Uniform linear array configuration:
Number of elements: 12
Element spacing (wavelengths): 0.25
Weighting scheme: cosine
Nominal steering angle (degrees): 0
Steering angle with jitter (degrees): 1.319
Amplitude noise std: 0.05
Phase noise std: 0.05

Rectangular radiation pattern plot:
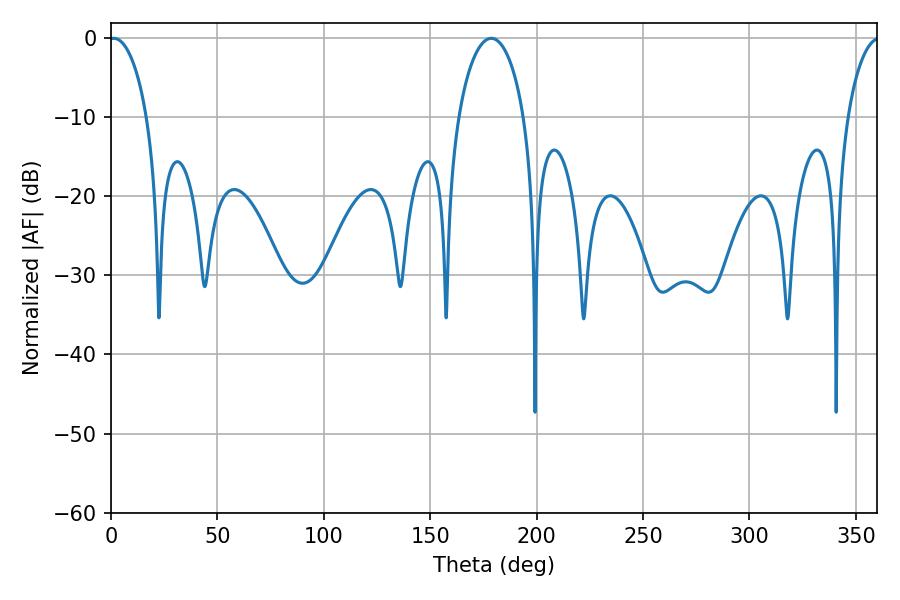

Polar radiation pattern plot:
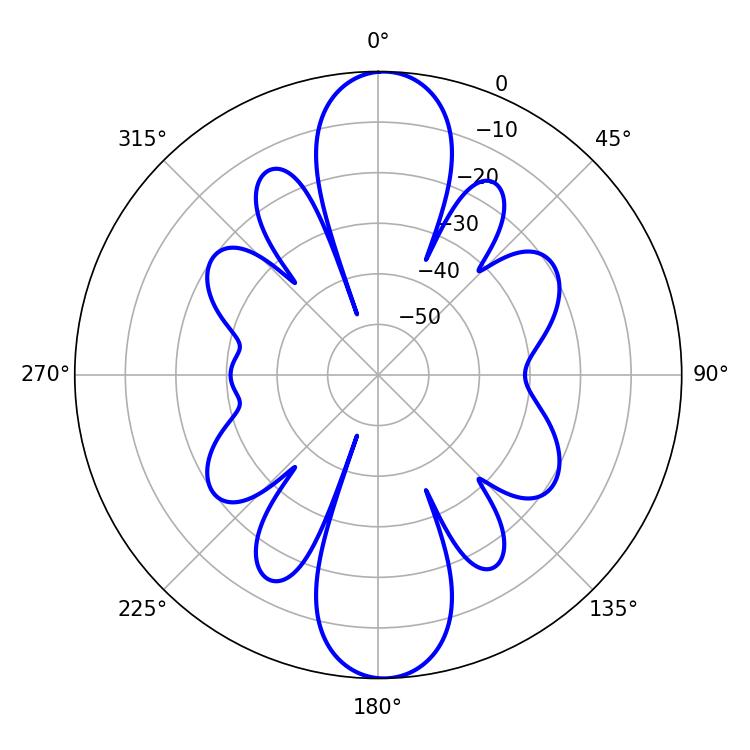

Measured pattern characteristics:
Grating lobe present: FALSE
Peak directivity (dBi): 21.012
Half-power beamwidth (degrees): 10.26
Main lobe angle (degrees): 1.26